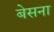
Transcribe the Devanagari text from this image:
बेसना